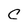
Character: C